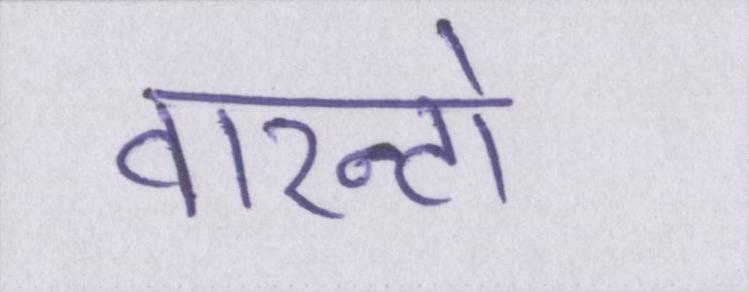
वारन्टो